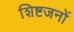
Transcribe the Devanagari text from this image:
शिष्टजनों